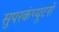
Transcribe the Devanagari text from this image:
सुपरकंप्यूटरों